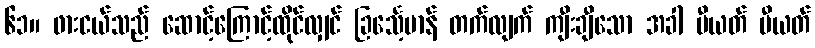
၆၁။ ဖားငယ်သည် ဆောင့်ကြောင့်ထိုင်လျှင် ခြင်္သေ့မာန် တက်လျက် ကျီးချီသော အခါ ပီယတ် ပီယတ်